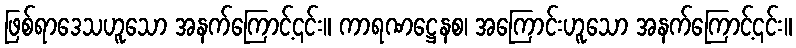
ဖြစ်ရာဒေသဟူသော အနက်ကြောင့်၎င်း။ ကာရဏဋ္ဌေနစ၊ အကြောင်းဟူသော အနက်ကြောင့်၎င်း။